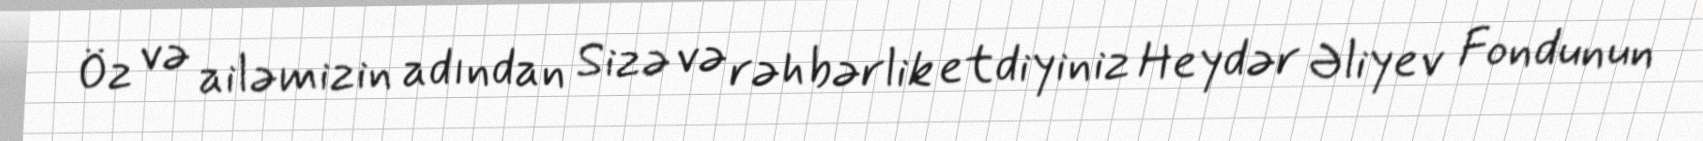
Öz və ailəmizin adından Sizə və rəhbərlik etdiyiniz Heydər Əliyev Fondunun